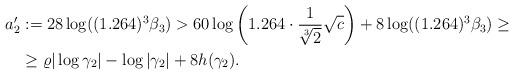
LaTeX: \begin{align*}a_2'&:=28\log((1.264)^3\beta_3)>60\log\left(1.264\cdot \frac{1}{\sqrt[3]{2}}\sqrt{c} \right)+8\log ((1.264)^3 \beta_3)\geq\\&\geq \varrho |\log \gamma_2|-\log |\gamma_2|+8h(\gamma_2).\end{align*}